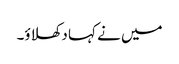
میں نے کہا دکھلاؤ۔